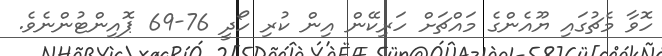
ހޮވާ މެޗުގައި ޔޫއެންގެ މައްޗަށް ހަރިކޭން އިން ކުރި ހޯދީ 76-69 ޕޮއިންޓުންނެވެ.